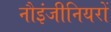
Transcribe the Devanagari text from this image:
नौइंजीनियरों